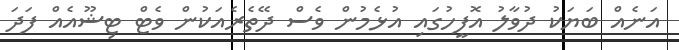
އަނެއް ބަޔަކު ދުވާލު އޮފީހުގައި އުޅެމުން ވެސް ދޭތެރެއަކުން ވެޓް ޓިޝޫއެއް ފަދަ